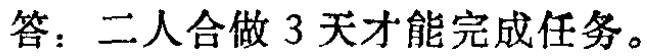
答：二人合做 3 天才能完成任务。